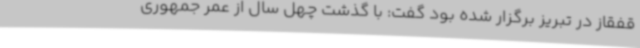
قفقاز در تبریز برگزار شده بود گفت: با گذشت چهل سال از عمر جمهوری